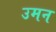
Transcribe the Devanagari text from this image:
उमन